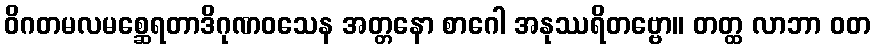
ဝိဂတမလမစ္ဆေရတာဒိဂုဏဝသေန အတ္တနော စာဂေါ အနုဿရိတဗ္ဗော။ တတ္ထ လာဘာ ဝတ